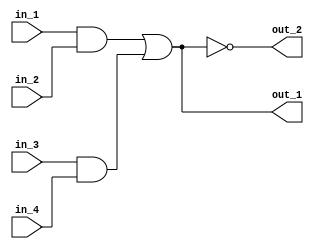
// Utilizing multiple wires.

module top_module(in_1, in_2, in_3, in_4, out_1, out_2);

	input in_1, in_2, in_3, in_4;
	output out_1, out_2;

	wire and1_res, and2_res, or_res;

	assign and1_res = in_1 & in_2;
	assign and2_res = in_3 & in_4;
	assign or_res = and1_res | and2_res;
	assign out_1 = or_res;
	assign out_2 = ~or_res;

endmodule